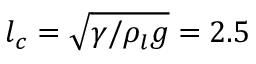
l _ { c } = \sqrt { \gamma / \rho _ { l } g } = 2 . 5